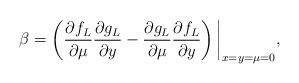
LaTeX: \begin{align*}\beta = \left( \frac{\partial f_L}{\partial \mu} \frac{\partial g_L}{\partial y}- \frac{\partial g_L}{\partial \mu} \frac{\partial f_L}{\partial y} \right)\bigg|_{x = y = \mu = 0},\end{align*}